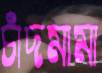
চাঁদমামা